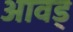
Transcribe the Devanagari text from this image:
आवड्